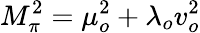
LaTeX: M_{\pi}^{2}=\mu_{o}^{2}+\lambda_{o}v_{o}^{2}